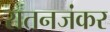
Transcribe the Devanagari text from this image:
रातनजंकर